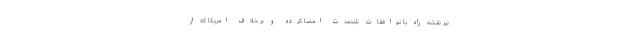
نیز نقشه راه یا توافقات بلندمدت امضا کرده و بر خلافِ امریکا که از